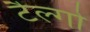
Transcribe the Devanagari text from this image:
टैल्गो